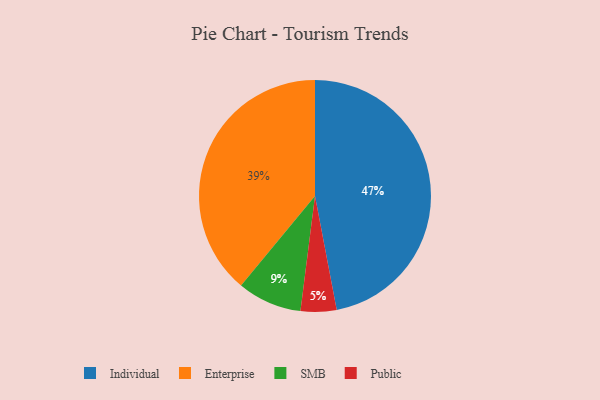
{"axis": {"x": "Category", "y": "Percentage"}, "legend": ["Enterprise", "Individual", "Public", "SMB"], "data": [{"x": "Enterprise", "y": 39, "type": "Enterprise"}, {"x": "Individual", "y": 47, "type": "Individual"}, {"x": "Public", "y": 5, "type": "Public"}, {"x": "SMB", "y": 9, "type": "SMB"}]}